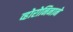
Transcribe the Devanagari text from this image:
व्होरोनिनाने